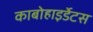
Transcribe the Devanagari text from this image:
काबोहाइर्डेटस